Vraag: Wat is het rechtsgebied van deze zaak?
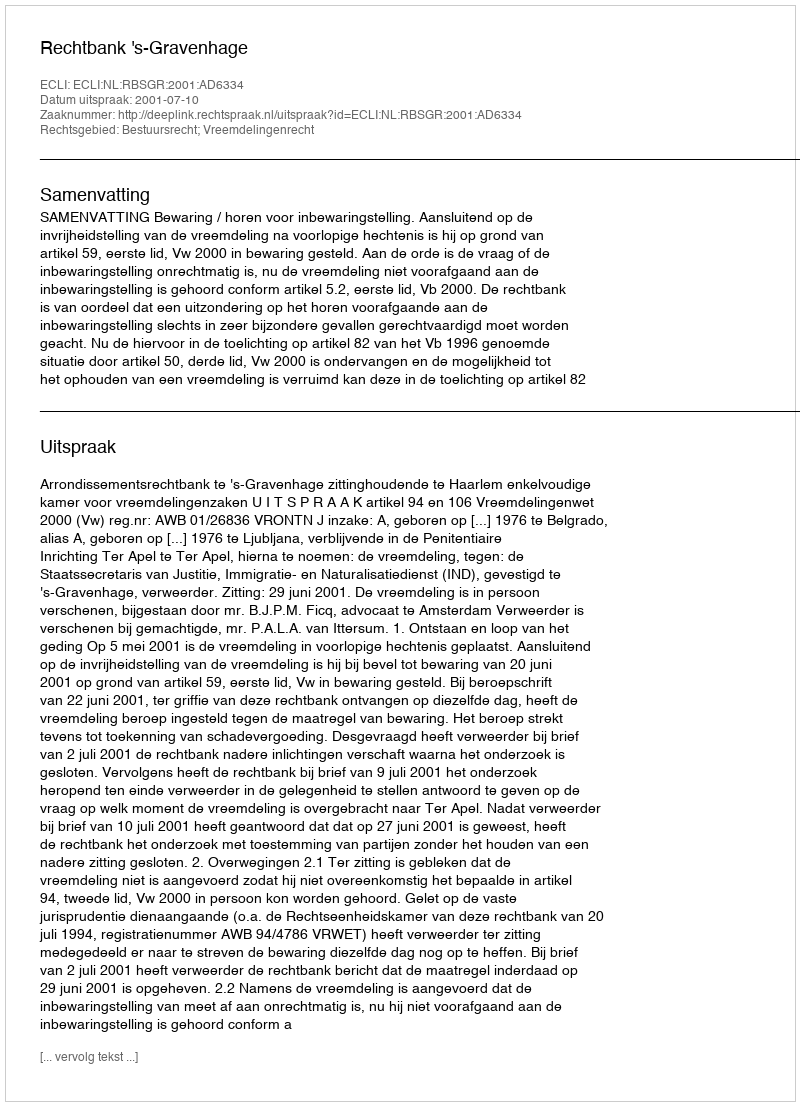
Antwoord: Bestuursrecht; Vreemdelingenrecht